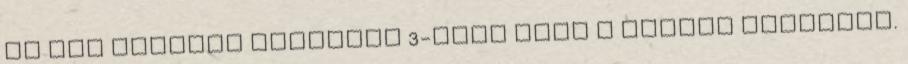
Az Egy cipőben november 3-ától megy a magyar mozikban.